Scottish Leaving Certificate Examination, 1955
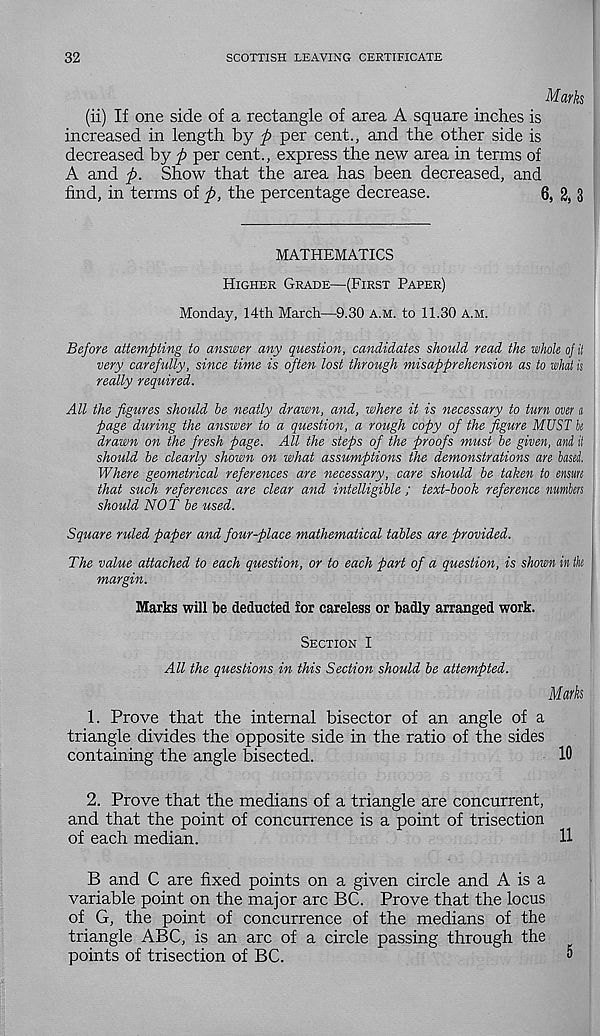
32
SCOTTISH LEAVING CERTIFICATE
Marks
(ii) If one side of a rectangle of area A square inches is
increased in length by ft per cent., and the other side is
decreased by ft per cent., express the new area in terms of
A and ft. Show that the area has been decreased, and
find, in terms of ft, the percentage decrease.
6, 2, 3
MATHEMATICS
Higher Grade—(First Paper)
Monday, 14th March—9.30 a.m. to 11.30 A.M.
Before attempting to answer any question, candidates should read the whole of it
very carefully, since time is often lost through misapprehension as to what is
really required.
All the figures should he neatly drawn, and, where it is necessary to turn over a
page during the answer to a question, a rough copy of the figure MUST k
drawn on the fresh page. All the steps of the proofs must he given, and ii
should be clearly shown on what assumptions the demonstrations are hasei.
Where geometrical references are necessary, care should he taken to ensure
that such references are clear and intelligible ; text-book reference numbers
should NOT he used.
Square ruled paper and four-place mathematical tables are provided.
The value attached to each question, or to each part of a question, is shown in th
margin.
Marks will be deducted for careless or badly arranged work.
Section I
All the questions in this Section should he attempted.
Murks
1. Prove that the internal bisector of an angle of a
triangle divides the opposite side in the ratio of the sides
containing the angle bisected.
10
2. Prove that the medians of a triangle are concurrent,
and that the point of concurrence is a point of trisection
of each median.
11
B and C are fixed points on a given circle and A is a
variable point on the major arc BC. Prove that the locus
of G, the point of concurrence of the medians of the
triangle ABC, is an arc of a circle passing through the
points of trisection of BC.
5